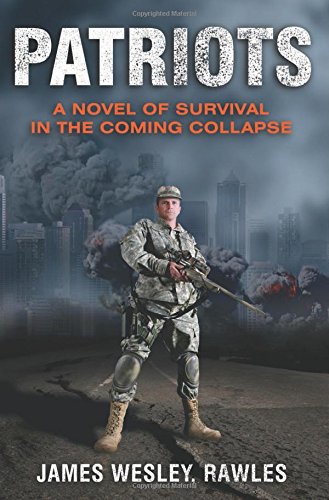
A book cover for Patriots: A Novel of Survival in the Coming Collapse; James Wesley Rawles; Mystery, Thriller & Suspense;